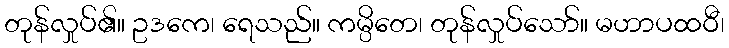
တုန်လှုပ်၏။ ဥဒကေ၊ ရေသည်။ ကမ္ပိတေ၊ တုန်လှုပ်သော်။ မဟာပထဝီ၊